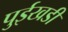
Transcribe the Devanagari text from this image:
पुईखडी